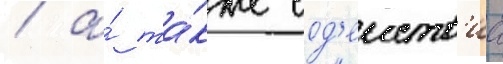
/ а́ та́кже сод'еиств'иа